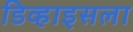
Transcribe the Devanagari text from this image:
डिव्हाइसला